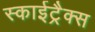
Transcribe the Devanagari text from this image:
स्काईट्रैक्स